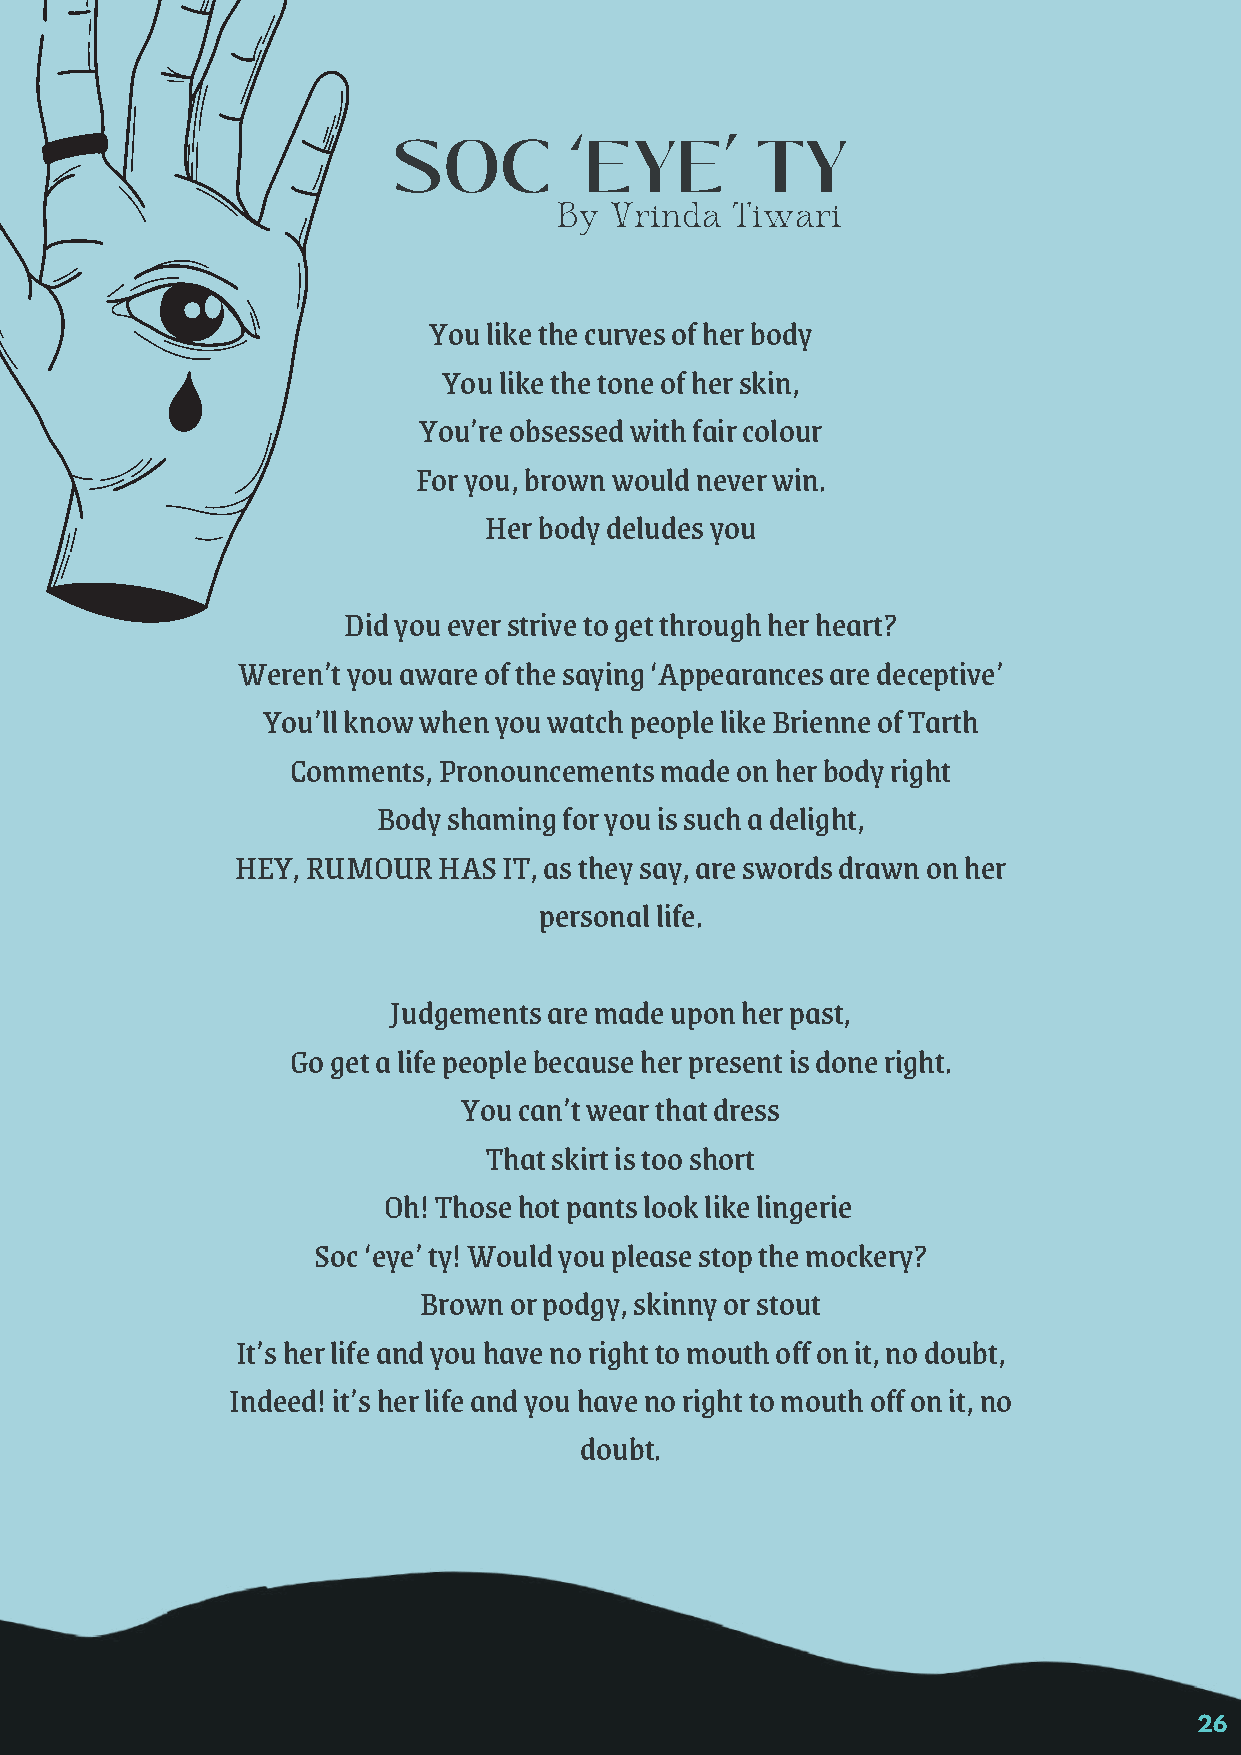
SOC         ‘EYE’       TY
 By Vrinda  Tiwari
 You like the curves of her body
 You like the tone of her skin,
 You’re obsessed with fair colour
 For you, brown would never win.
 Her body deludes you
 Did you ever strive to get through her heart?
 Weren’t you aware of the saying ‘Appearances are deceptive’
 You’ll know when you watch people like Brienne of Tarth
 Comments, Pronouncements made on her body right
 Body shaming for you is such a delight,
 HEY, RUMOUR  HAS IT, as they say, are swords drawn on her
 personal life.
 Judgements are made upon her past,
 Go get a life people because her present is done right.
 You can’t wear that dress
 That skirt is too short
 Oh! Those hot pants look like lingerie
 Soc ‘eye’ ty! Would you please stop the mockery?
 Brown or podgy, skinny or stout
 It’s her life and you have no right to mouth off on it, no doubt,
 Indeed! it’s her life and you have no right to mouth off on it, no
 doubt.
 26